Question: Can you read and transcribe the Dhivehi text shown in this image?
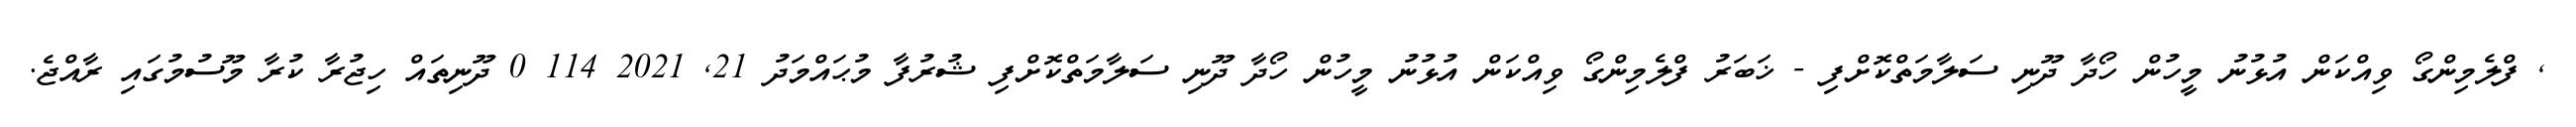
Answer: , ފްލެމިންގޯ ވިއްކަން އުޅުނު މީހުން ހޯދާ ދޫނި ސަލާމަތްކޮށްފި - ޚަބަރު ފްލެމިންގޯ ވިއްކަން އުޅުނު މީހުން ހޯދާ ދޫނި ސަލާމަތްކޮށްފި ޝުރުފާ މުޙައްމަދު 21, 2021 114 0 ދޫނިތައް ހިޖުރާ ކުރާ މޫސުމުގައި ރާއްޖެ.